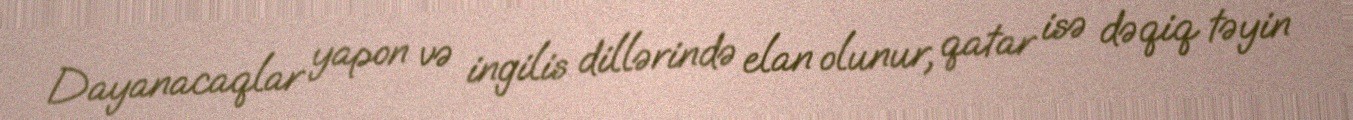
Dayanacaqlar yapon və ingilis dillərində elan olunur, qatar isə dəqiq təyin